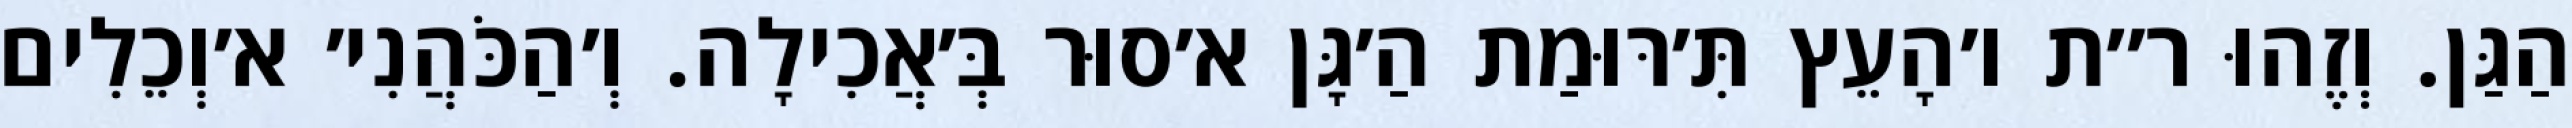
הַגַּן. וְזֶהוּ ר״ת ו׳הָעֵץ תִּ׳רּוּמַת הַ׳גָּן א׳סוּר בְּ׳אֲכִילָה. וְ׳הַכֹּהֲנִי׳ א׳וְכֵלִים